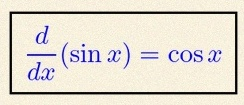
\frac{d}{dx}(\sin x)=\cos x